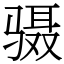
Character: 䯅